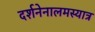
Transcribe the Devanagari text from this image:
दर्शनेनालमस्यात्र